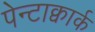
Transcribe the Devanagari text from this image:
पेन्टाक्वार्क